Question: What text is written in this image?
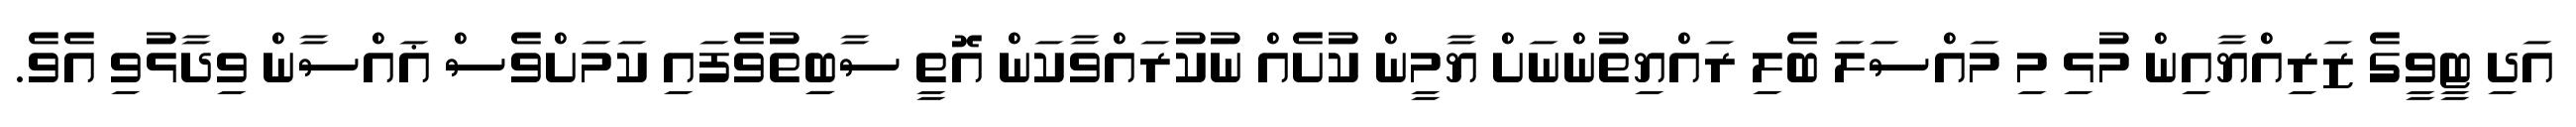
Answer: އަދި ޓީވީގެ ޒަރިއްޔާއިން މުޅި މި މައްސަލަ ބެލި ރައްޔިތުންނަށް ޔާމީން ކުށެއް ނުކުރައްވާކަން އޮތީ ސާބިިތުވެފައި ކަމަށްވެސް ޣައްސާން ވިދާޅުވި އެވެ.